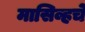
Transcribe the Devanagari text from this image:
मासिव्हचे